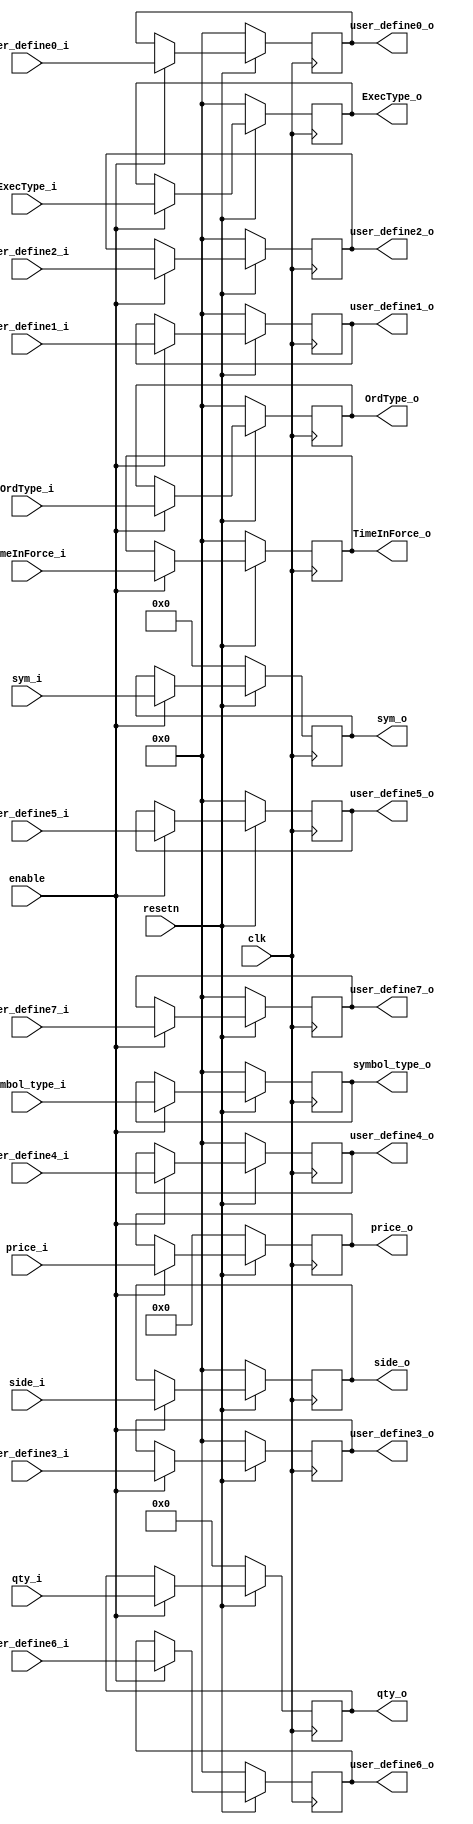
module buffer
(
    input clk,
    input resetn,
    input enable,
    input [7:0] ExecType_i, 
    input [7:0] user_define0_i,
    input [7:0] user_define1_i,
    input [7:0] user_define2_i,
    input [7:0] user_define3_i,
    input [7:0] user_define4_i,
    input [7:0] user_define5_i,
    input [7:0] user_define6_i,
    input [7:0] user_define7_i,
    input [7:0] symbol_type_i,
    input [159:0] sym_i,
    input [31:0] price_i,     
    input [15:0] qty_i,  
    input [7:0] side_i,             
    input [7:0] OrdType_i,        
    input [7:0] TimeInForce_i,      
    output reg [7:0] ExecType_o, 
    output reg [7:0] user_define0_o,
    output reg [7:0] user_define1_o,
    output reg [7:0] user_define2_o,
    output reg [7:0] user_define3_o,
    output reg [7:0] user_define4_o,
    output reg [7:0] user_define5_o,
    output reg [7:0] user_define6_o,
    output reg [7:0] user_define7_o,
    output reg [7:0] symbol_type_o,
    output reg [159:0] sym_o,
    output reg [31:0] price_o,     
    output reg [15:0] qty_o,  
    output reg [7:0] side_o,             
    output reg [7:0] OrdType_o,          
    output reg [7:0] TimeInForce_o
);

always @(posedge clk) begin
	if (!resetn) begin
		ExecType_o <= 0;
		user_define0_o <= 0;
		user_define1_o <= 0;
		user_define2_o <= 0;
		user_define3_o <= 0;
		user_define4_o <= 0;
		user_define5_o <= 0;
		user_define6_o <= 0;
		user_define7_o <= 0;
		symbol_type_o <= 0;
		sym_o <= 0;
		price_o <= 0;
		qty_o <= 0;
		side_o <= 0;
		OrdType_o <= 0;
		TimeInForce_o <= 0;
	end
	else if (enable) begin
		ExecType_o <= ExecType_i;
		user_define0_o <= user_define0_i;
		user_define1_o <= user_define1_i;
		user_define2_o <= user_define2_i;
		user_define3_o <= user_define3_i;
		user_define4_o <= user_define4_i;
		user_define5_o <= user_define5_i;
		user_define6_o <= user_define6_i;
		user_define7_o <= user_define7_i;
		symbol_type_o <= symbol_type_i;
		sym_o <= sym_i;
		price_o <= price_i;
		qty_o <= qty_i;
		side_o <= side_i;
		OrdType_o <= OrdType_i;
		TimeInForce_o <= TimeInForce_i;
	end
end

endmodule